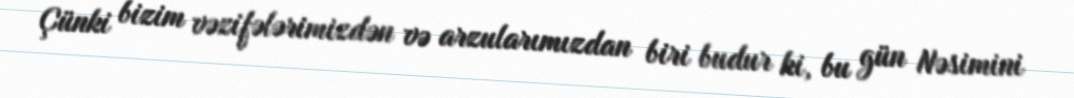
Çünki bizim vəzifələrimizdən və arzularımızdan biri budur ki, bu gün Nəsimini